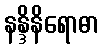
နန္ဒိနိရောဓာ